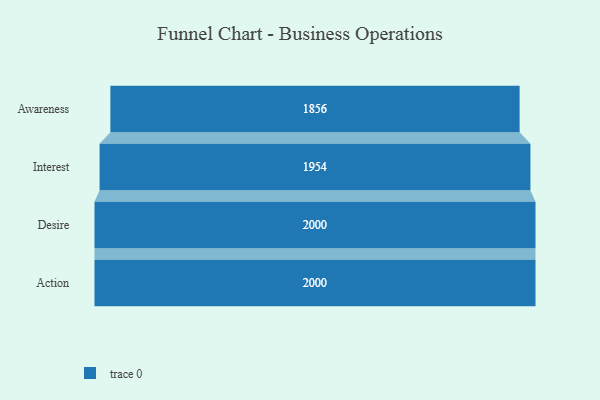
{"axis": {"x": "Stage", "y": "Value"}, "legend": [""], "data": [{"x": "Awareness", "y": 1856.0, "type": ""}, {"x": "Interest", "y": 1954.0, "type": ""}, {"x": "Desire", "y": 2000, "type": ""}, {"x": "Action", "y": 2000, "type": ""}]}